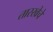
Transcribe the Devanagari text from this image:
तारखेचे